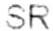
SR